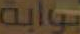
بوابة